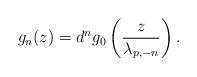
LaTeX: \begin{align*}g_n(z)=d^ng_0\left(\frac{z}{\lambda_{p,-n}}\right).\end{align*}